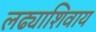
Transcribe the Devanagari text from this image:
लढ्याशिवाय